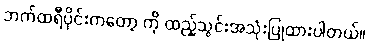
ဘက်ထရီပိုင်းကတော့ ကို ထည့်သွင်းအသုံးပြုထားပါတယ်။